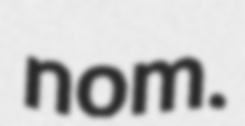
nom.